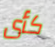
كأى